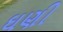
ઘણી